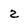
Character: 2